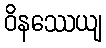
ဝိနဿေယျ